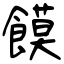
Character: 饃